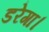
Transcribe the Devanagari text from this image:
डरेगा।